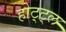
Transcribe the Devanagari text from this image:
होट्ट्ल